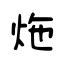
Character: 炧